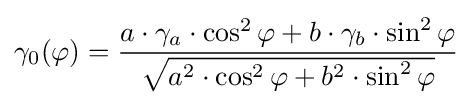
\gamma _{0}(\varphi )={\frac {a\cdot \gamma _{a}\cdot \cos ^{2}\varphi +b\cdot \gamma _{b}\cdot \sin ^{2}\varphi }{\sqrt {a^{2}\cdot \cos ^{2}\varphi +b^{2}\cdot \sin ^{2}\varphi }}}